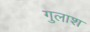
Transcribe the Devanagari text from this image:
गुलाश